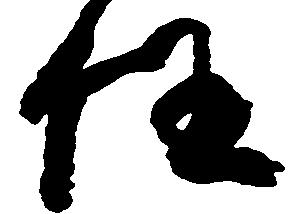
任